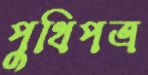
পুথিপত্র